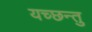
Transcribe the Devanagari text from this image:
यच्छन्तु